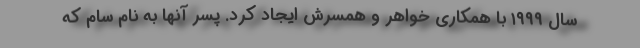
سال ۱۹۹۹ با همکاری خواهر و همسرش ایجاد کرد. پسر آنها به نام سام که